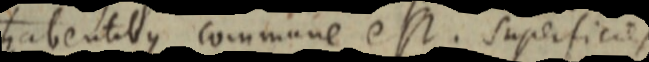
habentibus commune est. Superficies